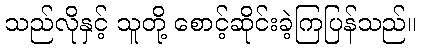
သည်လိုနှင့် သူတို့ စောင့်ဆိုင်းခဲ့ကြပြန်သည်။